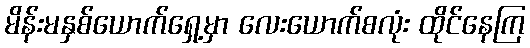
မိန်းမနှစ်ယောက်ရှေ့မှာ လေးယောက်စလုံး ထိုင်နေကြ